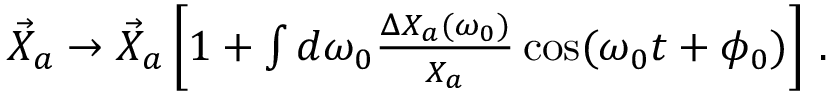
\begin{array} { r } { \vec { X } _ { a } \rightarrow \vec { X } _ { a } \left[ 1 + \int d \omega _ { 0 } \frac { \Delta X _ { a } ( \omega _ { 0 } ) } { X _ { a } } \cos ( \omega _ { 0 } t + \phi _ { 0 } ) \right] \, . } \end{array}